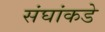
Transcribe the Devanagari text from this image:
संघांकडे